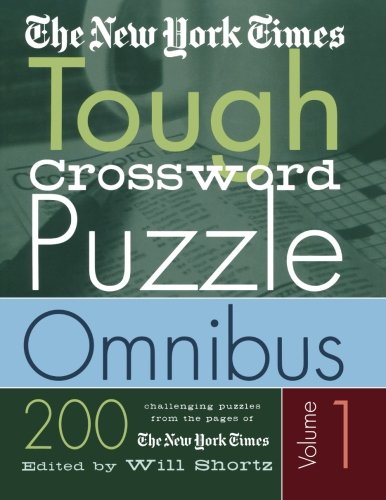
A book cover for The New York Times Tough Crossword Puzzle Omnibus Volume 1: 200 Challenging Puzzles from The New York Times (New York Times Tough Crossword Puzzles); The New York Times; Humor & Entertainment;